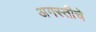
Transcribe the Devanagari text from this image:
अगस्तीचे